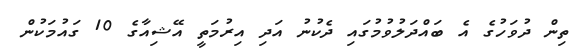
ތިން ދުވަހުގެ އެ ބައްދަލުވުމުގައި ދެކުނު އަދި އިރުމަތީ އޭޝިއާގެ 10 ގައުމަކުން